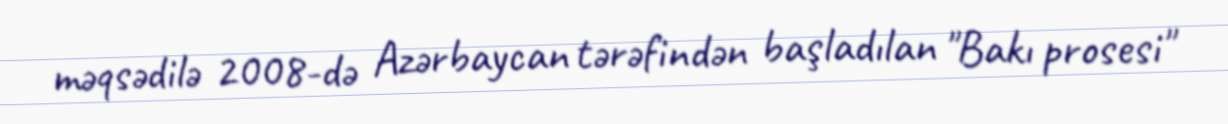
məqsədilə 2008-də Azərbaycan tərəfindən başladılan "Bakı prosesi"